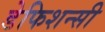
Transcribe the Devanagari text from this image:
डेफिशन्सी